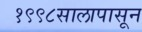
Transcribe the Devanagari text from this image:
१९९८सालापासून